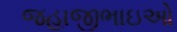
જહાજીભાઇઓ